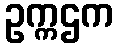
ဥက္ကဌက